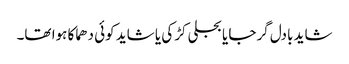
شاید بادل گرجا یا بجلی کڑکی یا شاید کوئی دھماکا ہوا تھا۔